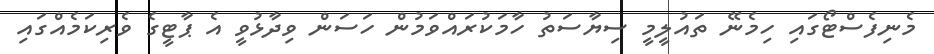
މެނިފެސްޓޯގައި ހިމެނޭ ތައުލީމީ ސިޔާސަތު ހާމަކުރައްވަމުން ހަސަން ވިދާޅުވީ އެ ޕާޓީގެ ވެރިކަމެއްގައި